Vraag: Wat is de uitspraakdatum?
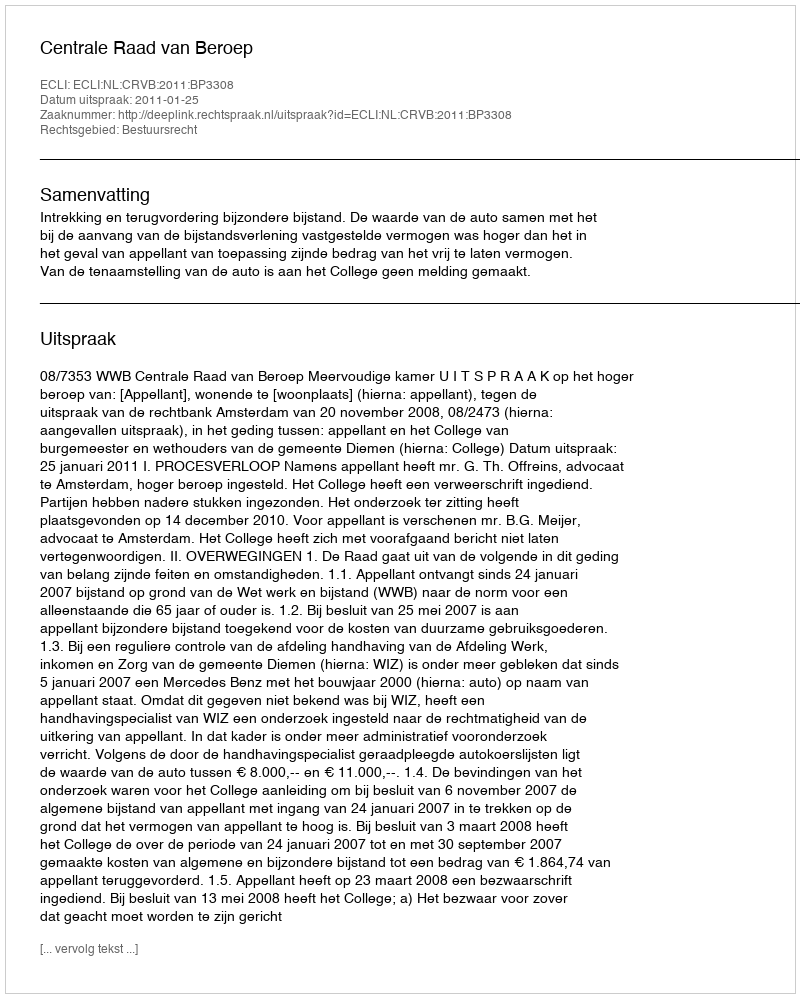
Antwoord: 2011-01-25